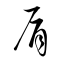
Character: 肩